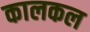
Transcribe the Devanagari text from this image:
कालकल